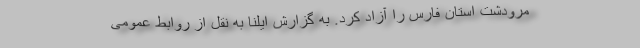
مرودشت استان فارس را آزاد کرد. به گزارش ایلنا به نقل از روابط عمومی